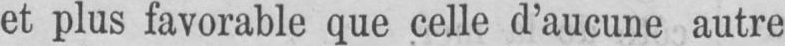
et plus favorable que celle d’aucune autre